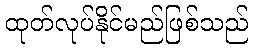
ထုတ်လုပ်နိုင်မည်ဖြစ်သည်